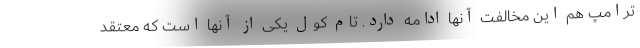
ترامپ هم این مخالفت آنها ادامه دارد. تام کول یکی از آنها است که معتقد